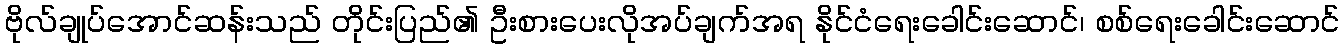
ဗိုလ်ချုပ်အောင်ဆန်းသည် တိုင်းပြည်၏ ဦးစားပေးလိုအပ်ချက်အရ နိုင်ငံရေးခေါင်းဆောင်၊ စစ်ရေးခေါင်းဆောင်